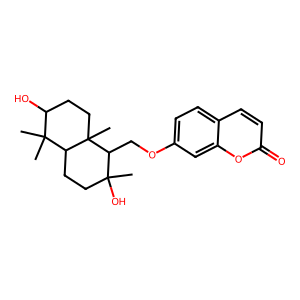
SMILES: CC1(O)CCC2C(C)(C)C(O)CCC2(C)C1COc1ccc2ccc(=O)oc2c1
Inhibits HIV replication: No